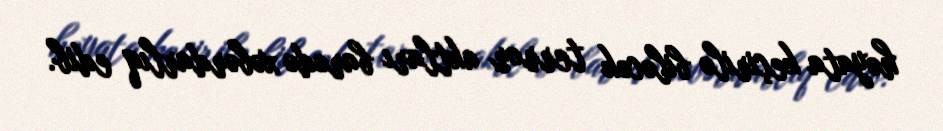
həyata keçirilə biləcək terror aktları barədə xəbərdarlıq edib.